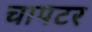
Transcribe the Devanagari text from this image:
चापटर